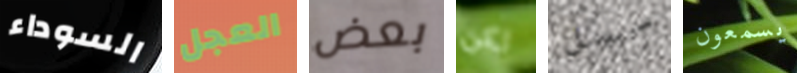
السوداء العجل بعض لكن سبل يسمعون